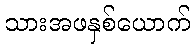
သားအဖနှစ်ယောက်